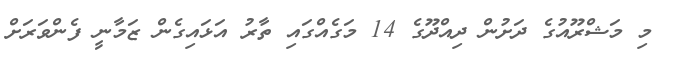
މި މަޝްރޫއުގެ ދަށުން ދިއްދޫގެ 14 މަގެއްގައި ތާރު އަޅައިގެން ޒަމާނީ ފެންވަރަށް